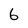
Character: 6